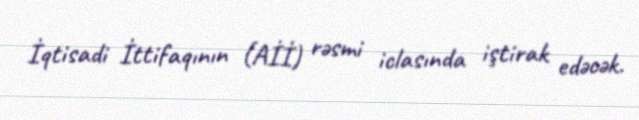
İqtisadi İttifaqının (Aİİ) rəsmi iclasında iştirak edəcək.